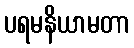
ပရမနိယာမတာ